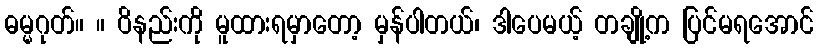
ဓမ္မဂုတ်။ ။ ဝိနည်းကို မူထားရမှာတော့ မှန်ပါတယ်၊ ဒါပေမယ့် တချို့က ပြင်မရအောင်